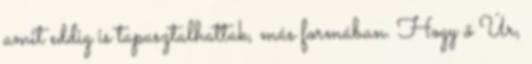
amit eddig is tapasztalhattak, más formában. Hogy ő Úr,